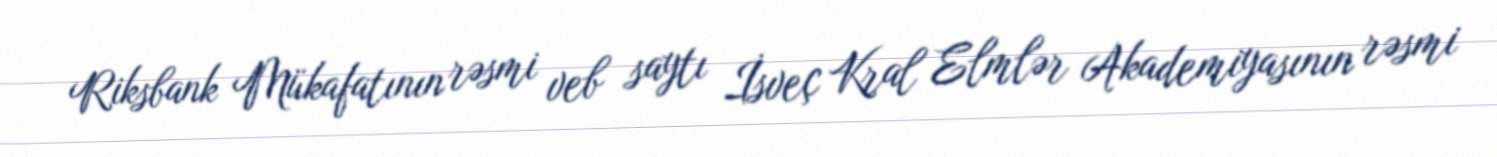
Riksbank Mükafatının rəsmi veb saytı İsveç Kral Elmlər Akademiyasının rəsmi